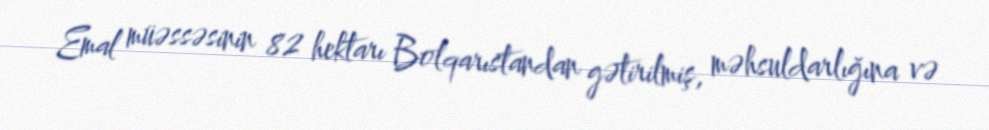
Emal müəssəsinin 82 hektarı Bolqarıstandan gətirilmiş, məhsuldarlığına və